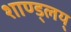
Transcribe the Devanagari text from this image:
शाण्ड्लय्